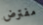
مفترض